Civil Veterinary Dept. Assam report 1927-50 - 1927-1950
Year: 1927
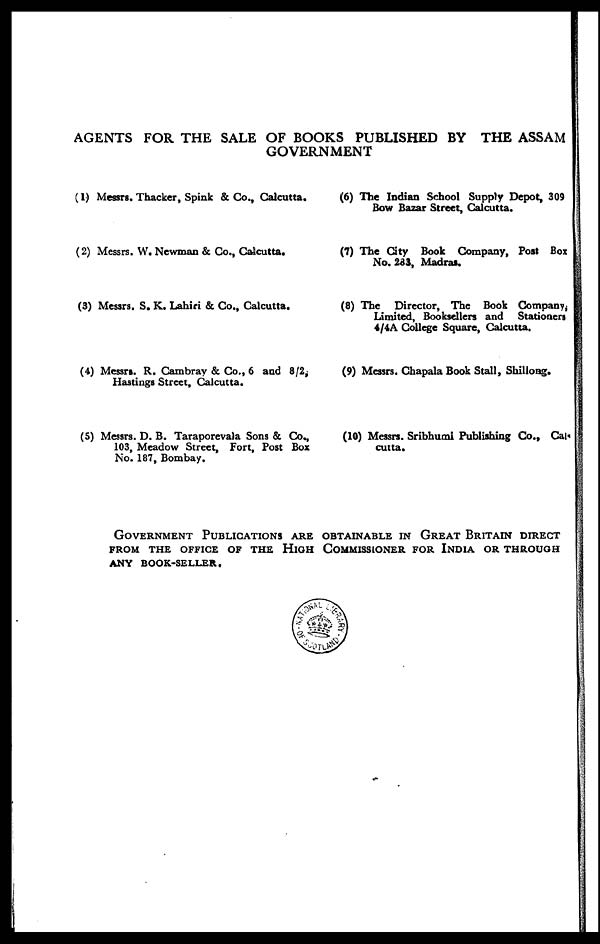
AGENTS FOR THE SALE OF BOOKS PUBLISHED BY THE ASSAM
GOVERNMENT
(1) Messrs. Thacker, Spink & Co., Calcutta.
(2) Messrs. W. Newman & Co., Calcutta.
(3) Messrs. S. K. Lahiri & Co., Calcutta.
(4) Messri. R. Cambray & Co., 6 and 8/2,
Hastings Street, Calcutta.
(5) Messrs. D. B. Taraporevala Sons & Co.,
103, Meadow Street, Fort, Post Box
No. 187, Bombay.
(6) The Indian School Supply Depot, 309
Bow Bazar Street, Calcutta.
(7) The City Book Company, Post Box
No. 283, Madras.
(8) The Director, The Book Company,
limited, Booksellers and Stationers
4/4A College Square, Calcutta.
(9) Messrs. Chapala Book Stall, Shillong.
(10) Messrs. Sribhumi Publishing Co., Cal.
cutta.
ASSAM GOVERNMENT PUBLICATIONS ARE OBTAINABLE IN GREAT BRITAIN D
FROM THE OFFICE OF THE HIGH COMMISSIONER FOR INDIA OR THROUGH
ANY BOOK-SELLER.